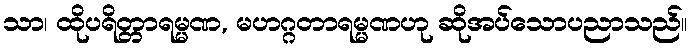
သာ၊ ထိုပရိတ္တာရမ္မဏ, မဟဂ္ဂတာရမ္မဏဟု ဆိုအပ်သောပညာသည်။